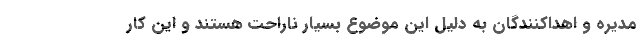
مدیره و اهداکنندگان به دلیل این موضوع بسیار ناراحت هستند و این کار